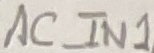
Text: AC_IN1